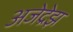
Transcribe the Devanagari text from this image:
अजेद्रेझ